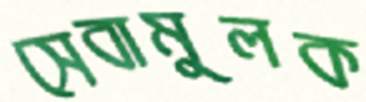
সেবামুলক